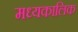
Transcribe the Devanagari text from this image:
मध्यकालिक